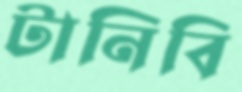
টানিবি